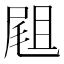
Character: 𡲤